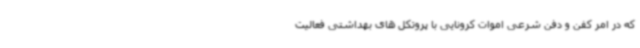
که در امر کفن و دفن شرعی اموات کرونایی با پروتکل های بهداشتی فعالیت